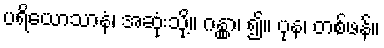
ပရိယောသာနံ၊ အဆုံးသို့။ ဂန္တွာ၊ ၍။ ပုန၊ တစ်ဖန်။